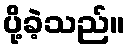
ပို့ခဲ့သည်။